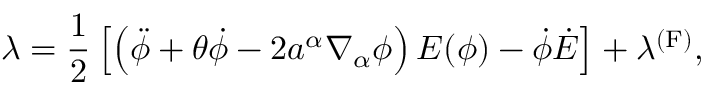
\lambda = \frac { 1 } { 2 } \left[ \left( \ddot { \phi } + \theta \dot { \phi } - 2 a ^ { \alpha } \nabla _ { \alpha } \phi \right) E ( \phi ) - \dot { \phi } \dot { E } \right] + \lambda ^ { \mathrm { ( F ) } } ,